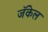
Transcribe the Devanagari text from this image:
जॅकेल